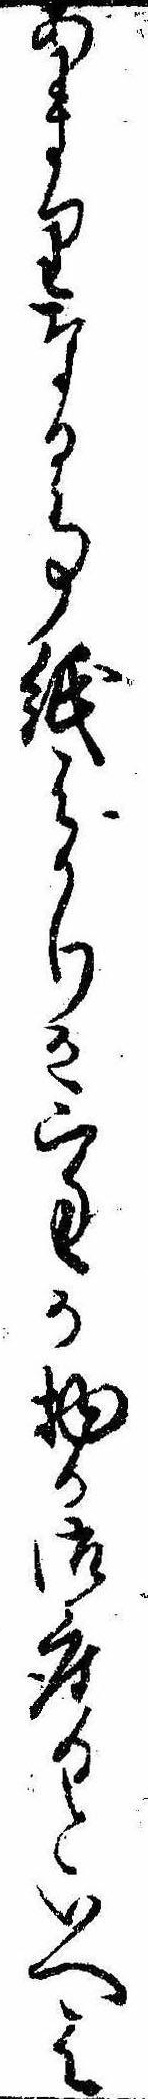
あまりなる事紙はかりか三匁か物か御座るといへは